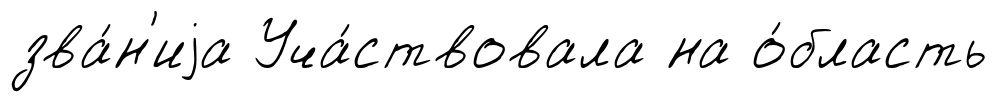
зва́н'иjа Уча́ствовала на о́бласть